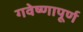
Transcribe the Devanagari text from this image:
गवेष्णापूर्ण